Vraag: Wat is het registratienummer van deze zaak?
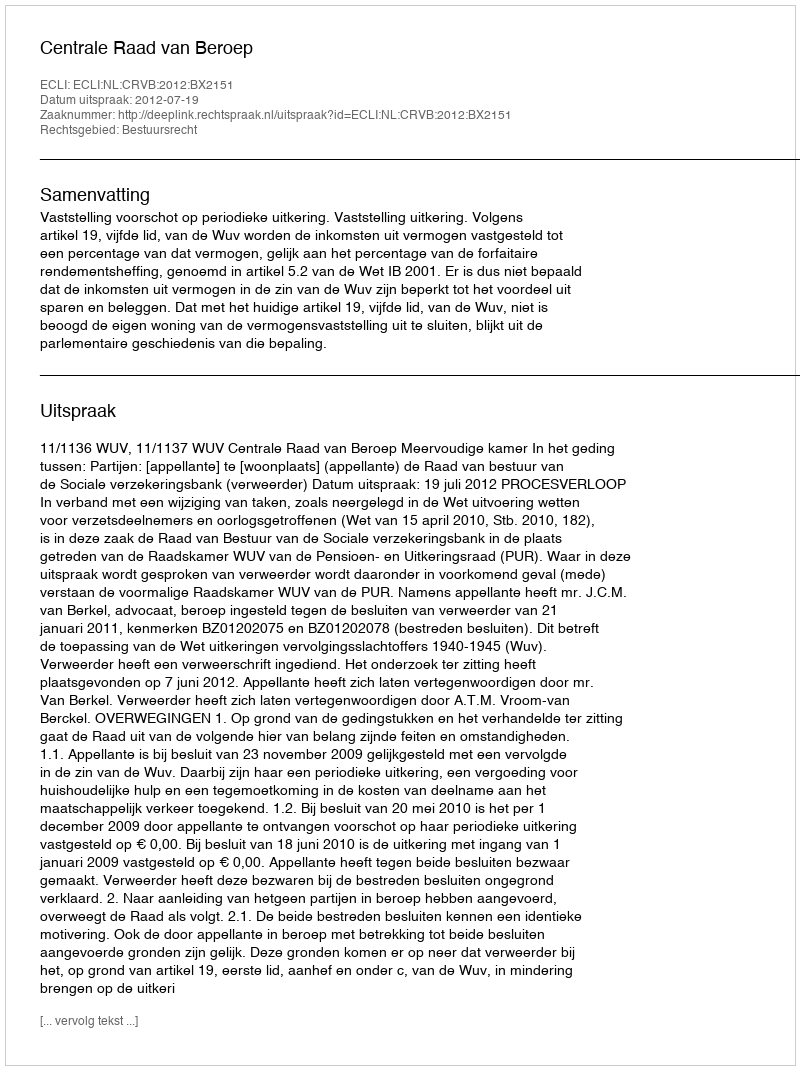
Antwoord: http://deeplink.rechtspraak.nl/uitspraak?id=ECLI:NL:CRVB:2012:BX2151